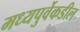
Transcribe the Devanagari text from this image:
मध्यपुर्वेकडील